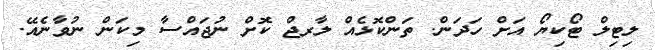
ލިޓިލް ޓޯކިޔޯ އަށް ހަދަން. ތަންކޮޅެއް ލާރޖް ކޮށް ނުޖައްސާ މިކަން ނުވާނެއޭ.